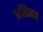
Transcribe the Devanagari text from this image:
अस्तित्‍वात